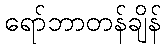
ရော်ဘာတန်ချိန်